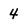
Character: 4